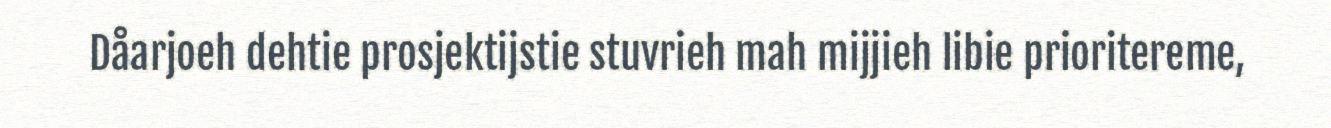
Dåarjoeh dehtie prosjektijstie stuvrieh mah mijjieh libie prioritereme,